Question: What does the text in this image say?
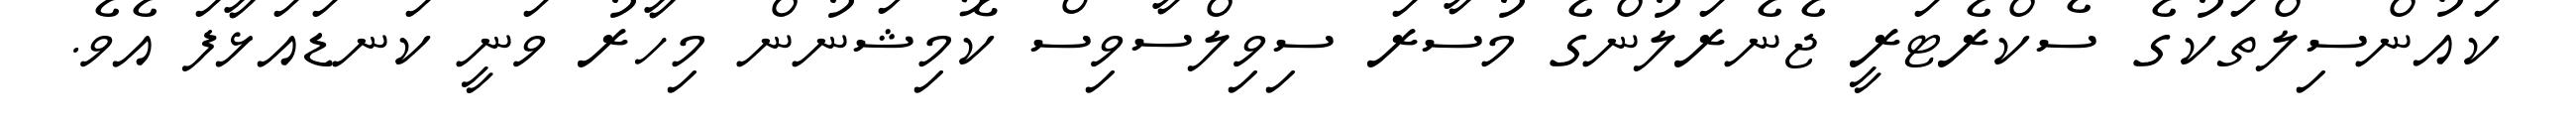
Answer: ކައުންސިލްތަކުގެ ސެކްރެޓަރީ ޖެނެރަލުންގެ މުސާރަ ސިވިލްސާވިސް ކޮމިޝަނުން މިހާރު ވަނީ ކަނޑައަޅާފަ އެވެ.